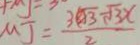
M J = \frac { 3 \sqrt { 3 } - \sqrt { 3 } x } { 2 }